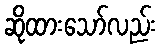
ဆိုထားသော်လည်း